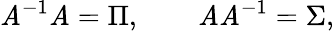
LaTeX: \mathit{A}^{-1}\mathit{A}=\Pi,\qquad\mathit{A}\mathit{A}^{-1}=\Sigma,